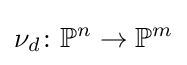
\nu _{d}\colon \mathbb {P} ^{n}\to \mathbb {P} ^{m}